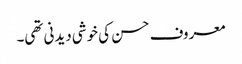
معروف حسن کی خوشی دیدنی تھی۔